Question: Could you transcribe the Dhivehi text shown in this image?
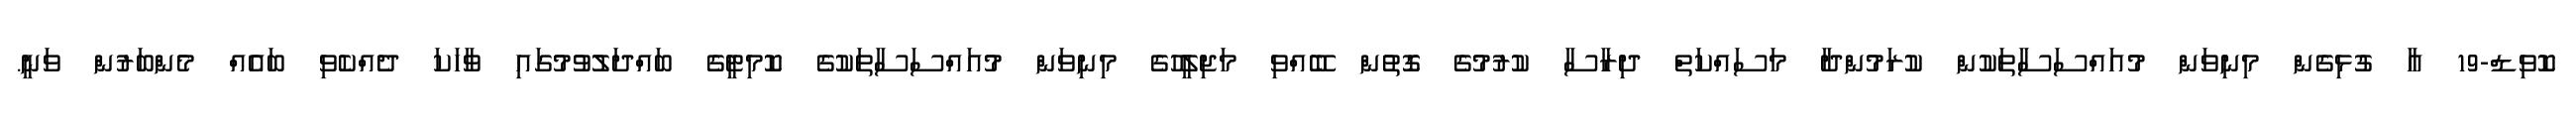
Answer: ކޮވިޑް-19 އާ ގުޅިގެން މިނިވަން މުއައްސަސާތަކުން ކުރަމުންދާ މަސައްކަތް ދިރާސާ ކުރުމުގެ ގޮތުން ބޭއްވި މަޖިލީހުގެ މިނިވަން މުއައްސަސާތަކުގެ ކޮމިޓީގެ ބައްދަލުވުމުގައި ވާހަކަ ދެއްކެވި ބައެއް މެންބަރުން ވަނީ.